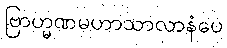
ဗြာဟ္မဏမဟာသာလာနံပေ